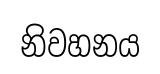
නිවහනය